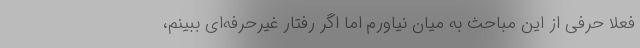
فعلاً حرفی از این مباحث به میان نیاورم اما اگر رفتار غیرحرفه‌ای ببینم،